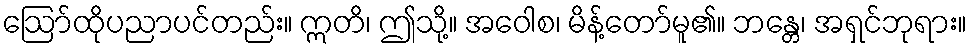
ဩော်ထိုပညာပင်တည်း။ ဣတိ၊ ဤသို့။ အဝေါစ၊ မိန့်တော်မူ၏။ ဘန္တေ၊ အရှင်ဘုရား။